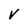
Character: v